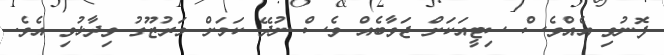
ފޮނުވި އެއްވެސް ސިޓީއަކަށް ޖަވާބެއް ވެސް ނުދޭ ކަމަށް މަރުޒޫގު ވިދާޅުވި އެވެ.